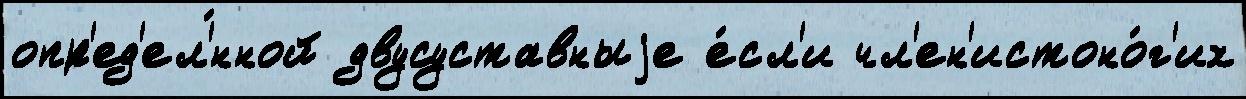
опр'ед'ел'́нной двусуставныjе е́сл'и чл'ен'истоно́г'их